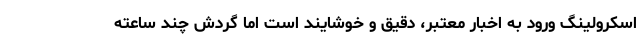
اسکرولینگ ورود به اخبار معتبر، دقیق و خوشایند است اما گردش چند ساعته